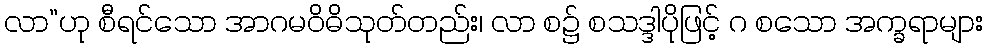
လာ”ဟု စီရင်သော အာဂမဝိဓိသုတ်တည်း၊ လာ စ၌ စသဒ္ဒါပိုဖြင့် ဂ စသော အက္ခရာများ